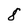
Character: 8